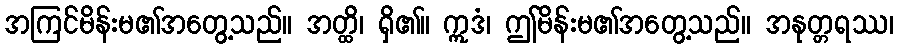
အကြင်မိန်းမ၏အတွေ့သည်။ အတ္ထိ၊ ရှိ၏။ ဣဒံ၊ ဤမိန်းမ၏အတွေ့သည်။ အနုတ္တရဿ၊